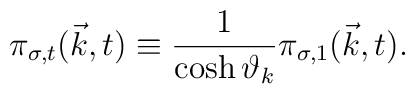
{\pi}_{{\sigma},t}({\vec k},t) \equiv \frac{1}{\cosh{\vartheta}_k}{\pi}_{{\sigma},1}({\vec k},t).